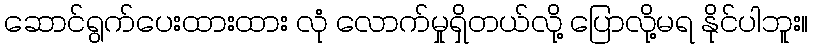
ဆောင်ရွက်ပေးထားထား လုံ လောက်မှုရှိတယ်လို့ ပြောလို့မရ နိုင်ပါဘူး။